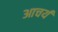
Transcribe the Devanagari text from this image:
आचर्य